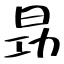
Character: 昮